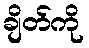
ချိတ်ကို